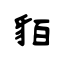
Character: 貊